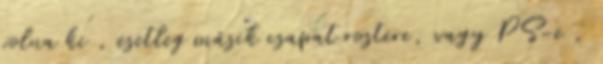
volna ki , esetleg másik csapat rostere, vagy PS-e ,